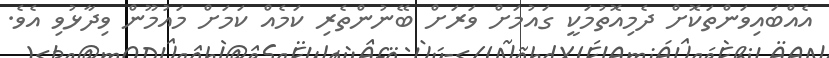
އެއްބައިވަންތަކޮށް ދެމިއޮތުމަކީ ގައުމަށް ވަރަށް ބޭނުންތެރި ކަމެއް ކަމަށް މައުމޫން ވިދާޅުވި އެވެ.